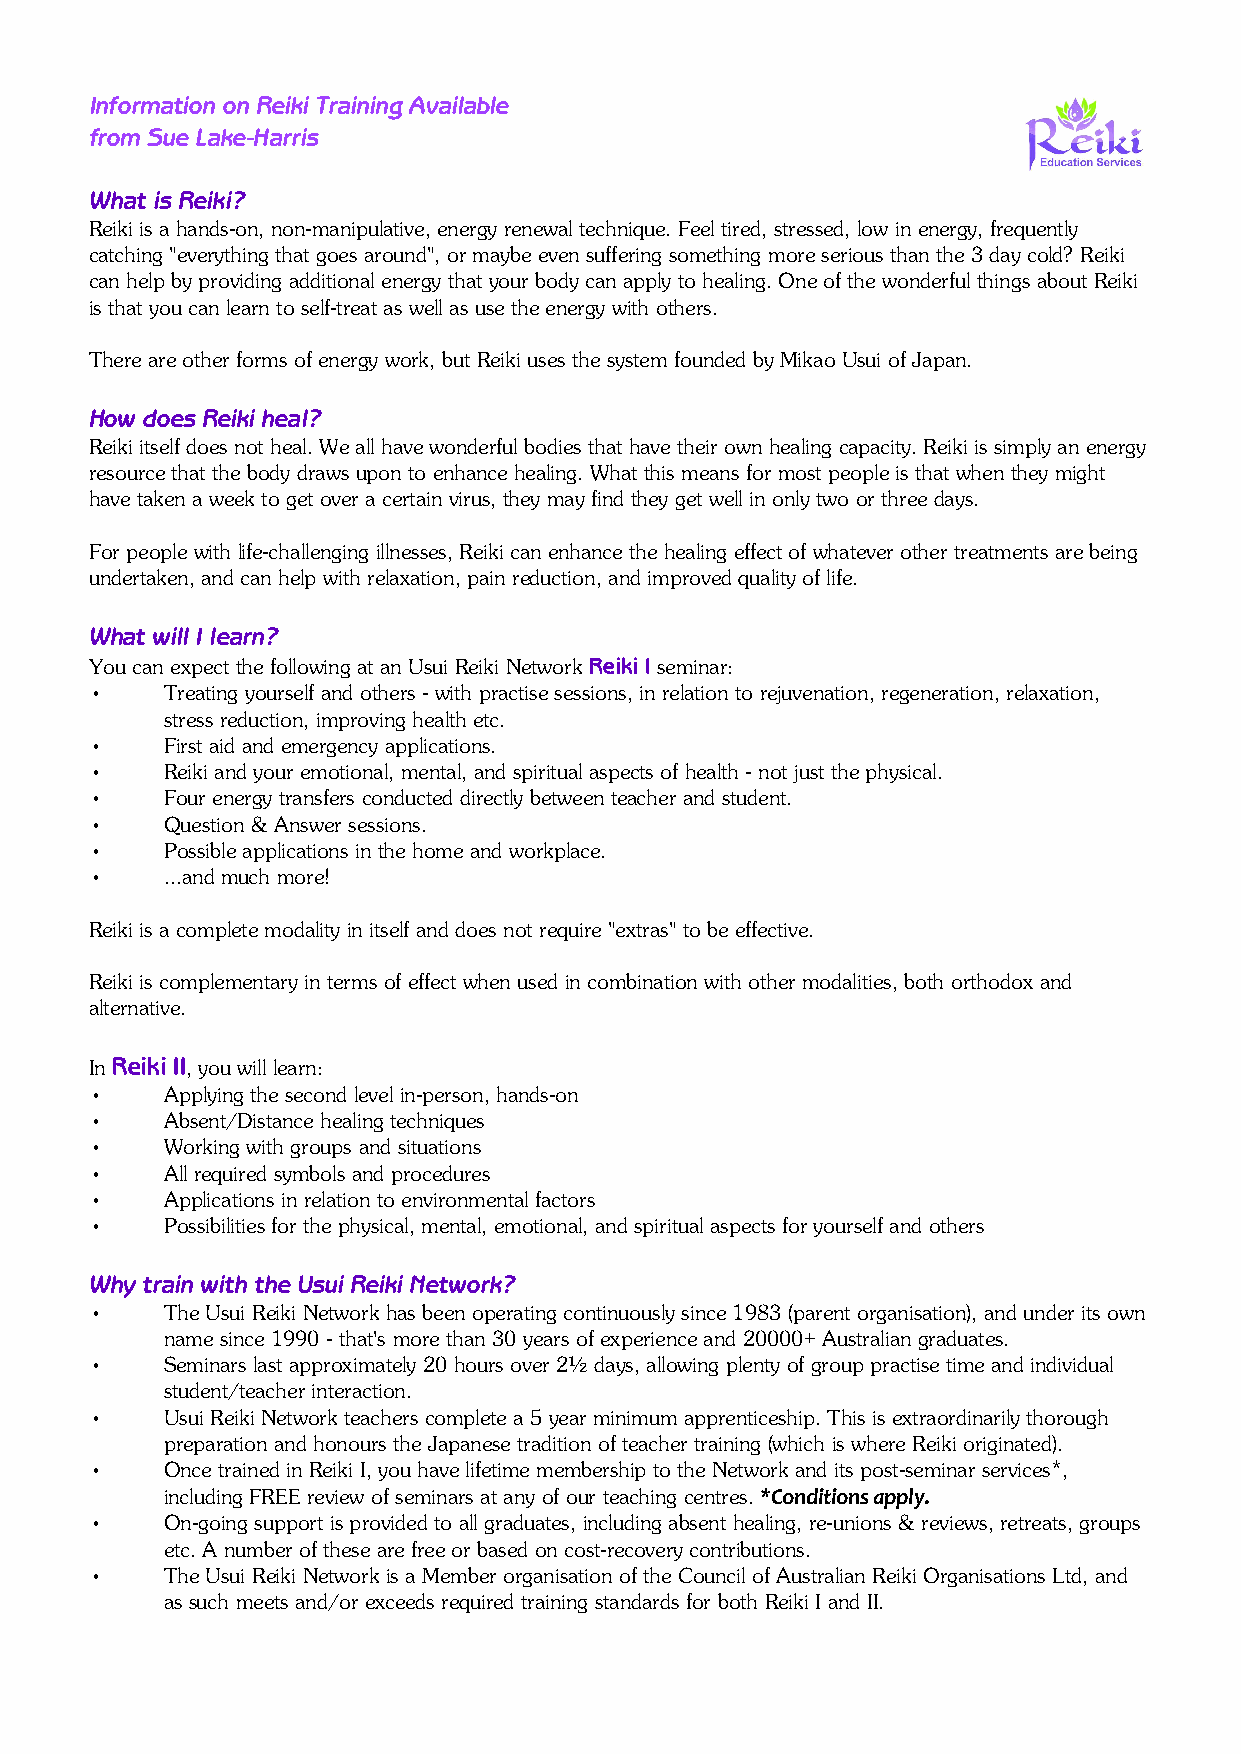
Information on Reiki Training Available
 from Sue Lake-Harris
 What is Reiki?
 Reiki is a hands-on, non-manipulative, energy renewal technique. Feel tired, stressed, low in energy, frequently
 catching "everything that goes around", or maybe even suffering something more serious than the 3 day cold? Reiki
 can help by providing additional energy that your body can apply to healing. One of the wonderful things about Reiki
 is that you can learn to self-treat as well as use the energy with others.
 There are other forms of energy work, but Reiki uses the system founded by Mikao Usui of Japan.
 How does Reiki heal?
 Reiki itself does not heal. We all have wonderful bodies that have their own healing capacity. Reiki is simply an energy
 resource that the body draws upon to enhance healing. What this means for most people is that when they might
 have taken a week to get over a certain virus, they may find they get well in only two or three days.
 For people with life-challenging illnesses, Reiki can enhance the healing effect of whatever other treatments are being
 undertaken, and can help with relaxation, pain reduction, and improved quality of life.
 What will I learn?
 You can expect the following at an Usui Reiki Network Reiki I seminar:
 •    Treating yourself and others - with practise sessions, in relation to rejuvenation, regeneration, relaxation,
 stress reduction, improving health etc.
 •    First aid and emergency applications.
 •    Reiki and your emotional, mental, and spiritual aspects of health - not just the physical.
 •    Four energy transfers conducted directly between teacher and student.
 •    Question & Answer sessions.
 •    Possible applications in the home and workplace.
 •    ...and much more!
 Reiki is a complete modality in itself and does not require "extras" to be effective.
 Reiki is complementary in terms of effect when used in combination with other modalities, both orthodox and
 alternative.
 In Reiki II, you will learn:
 •    Applying the second level in-person, hands-on
 •    Absent/Distance healing techniques
 •    Working with groups and situations
 •    All required symbols and procedures
 •    Applications in relation to environmental factors
 •    Possibilities for the physical, mental, emotional, and spiritual aspects for yourself and others
 Why train with the Usui Reiki Network?
 •    The Usui Reiki Network has been operating continuously since 1983 (parent organisation), and under its own
 name since 1990 - that's more than 30 years of experience and 20000+ Australian graduates.
 •    Seminars last approximately 20 hours over 2½ days, allowing plenty of group practise time and individual
 student/teacher interaction.
 •    Usui Reiki Network teachers complete a 5 year minimum apprenticeship. This is extraordinarily thorough
 preparation and honours the Japanese tradition of teacher training (which is where Reiki originated).
 •    Once trained in Reiki I, you have lifetime membership to the Network and its post-seminar services*,
 including FREE review of seminars at any of our teaching centres. *Conditions apply.
 •    On-going support is provided to all graduates, including absent healing, re-unions & reviews, retreats, groups
 etc. A number of these are free or based on cost-recovery contributions.
 •    The Usui Reiki Network is a Member organisation of the Council of Australian Reiki Organisations Ltd, and
 as such meets and/or exceeds required training standards for both Reiki I and II.